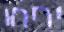
יריחו